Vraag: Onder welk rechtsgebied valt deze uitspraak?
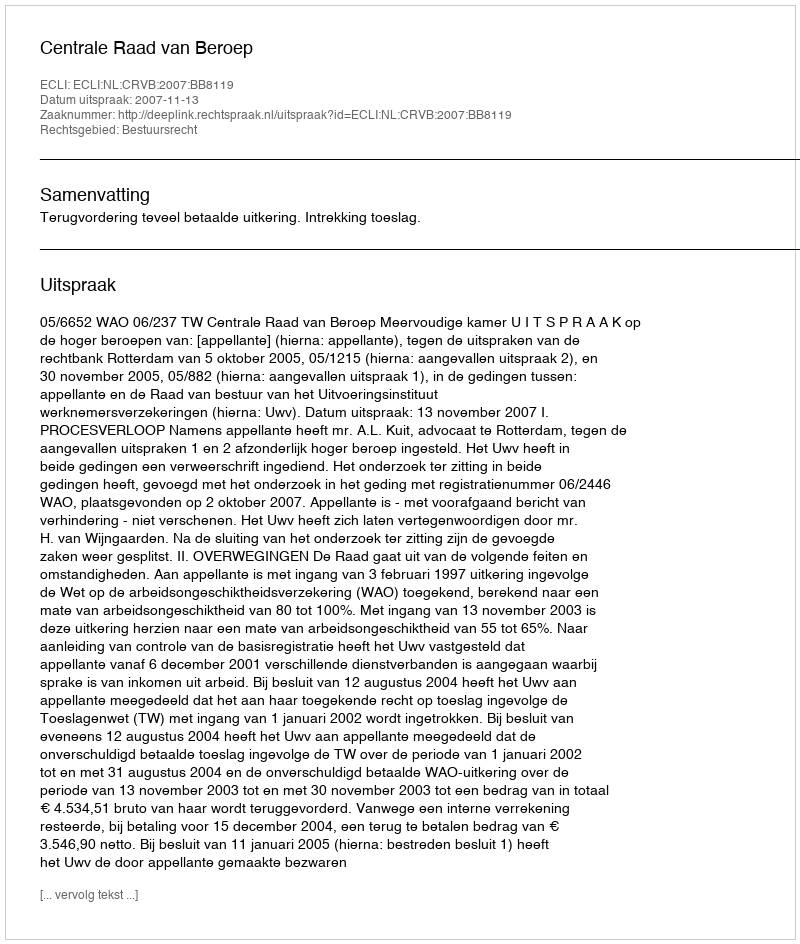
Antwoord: Bestuursrecht